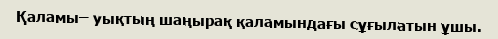
Қаламы– уықтың шаңырақ қаламындағы сұғылатын ұшы.